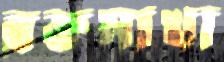
রক্তমাখা